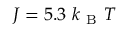
J = 5 . 3 \mathrm { ~ } k _ { \mathrm { ~ B ~ } } T